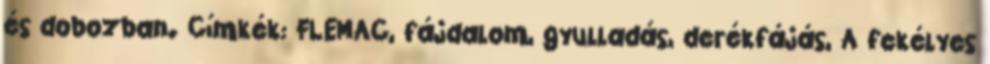
és dobozban. Címkék: FLEMAC, fájdalom, gyulladás, derékfájás, A fekélyes